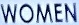
WOMEN